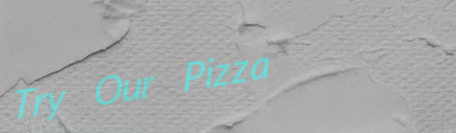
Try Our Pizza